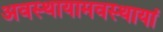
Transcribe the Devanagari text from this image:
अवस्थायामवस्थायां